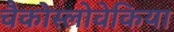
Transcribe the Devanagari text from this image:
चैकोस्लोवेकिया